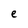
Character: e